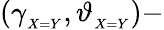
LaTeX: (\gamma_{_{X=Y}},\vartheta_{_{X=Y}})-